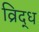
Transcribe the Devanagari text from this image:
व्रिद्ध